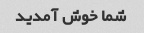
شما خوش آمدید